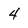
Character: 4